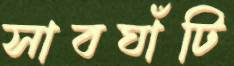
সাবঘাঁটি